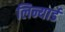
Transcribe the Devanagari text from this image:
लिन्यार्ड